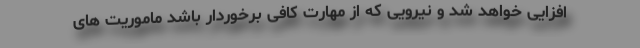
افزایی خواهد شد و نیرویی که از مهارت کافی برخوردار باشد ماموریت های